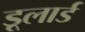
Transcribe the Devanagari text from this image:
डूलार्ड